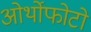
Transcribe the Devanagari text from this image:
ओर्थोफोटो